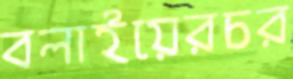
বলাইয়েরচর